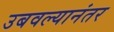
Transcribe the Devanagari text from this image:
उबवल्यानंतर